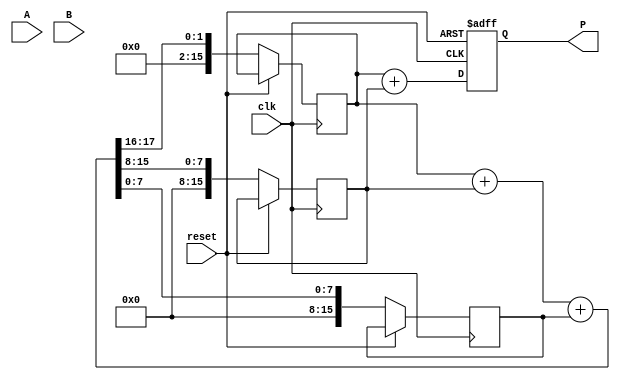
module wallace_tree_multiplier #(parameter N = 8) (
    input wire clk,
    input wire reset,
    input wire [N-1:0] A,
    input wire [N-1:0] B,
    output reg [2*N-1:0] P
);

// Partial Products
reg [N-1:0] partial_products[N-1:0];
reg [2*N-1:0] sum [0:N];

// Generate Partial Products
genvar i;
generate
    for (i = 0; i < N; i = i + 1) begin: gen_partial_products
        assign partial_products[i] = A & {N{B[i]}};
    end
endgenerate

// Wallace Tree Reduction Logic
integer j, k;

always @(posedge clk or posedge reset) begin
    if (reset) begin
        P <= 0;
    end else begin
        // Initialize sum array with partial products for the first layer
        for (j = 0; j < N; j = j + 1) begin
            sum[j] <= {partial_products[j], j}; // Align partial products based on their bit position
        end
        
        // Wallace Tree Reduction
        // Assuming a maximum of 4 partial products can be summed at each stage
        // This will need to be adjusted based on the number of partial products and design specifics
        
        // First Reduction Layer
        for (j = 0; j < N; j = j + 1) begin
            if (j % 3 == 0 && (j + 2) < N) begin
                {sum[j][N-1:0], sum[j+1][N-1:0], sum[j+2][N-1:0]} <= sum[j] + sum[j+1] + sum[j+2];
            end
        end
        
        // Second Reduction Layer
        // Continue reducing until we are left with two rows of bits
        // For simplicity, this example does not fully implement Wallace tree structure
        
        // Final Addition (using simple addition for demonstration; can be replaced with a faster adder like CLA)
        P <= sum[0] + sum[1]; // Assuming only two sums are left for the final addition
    end
end

endmodule